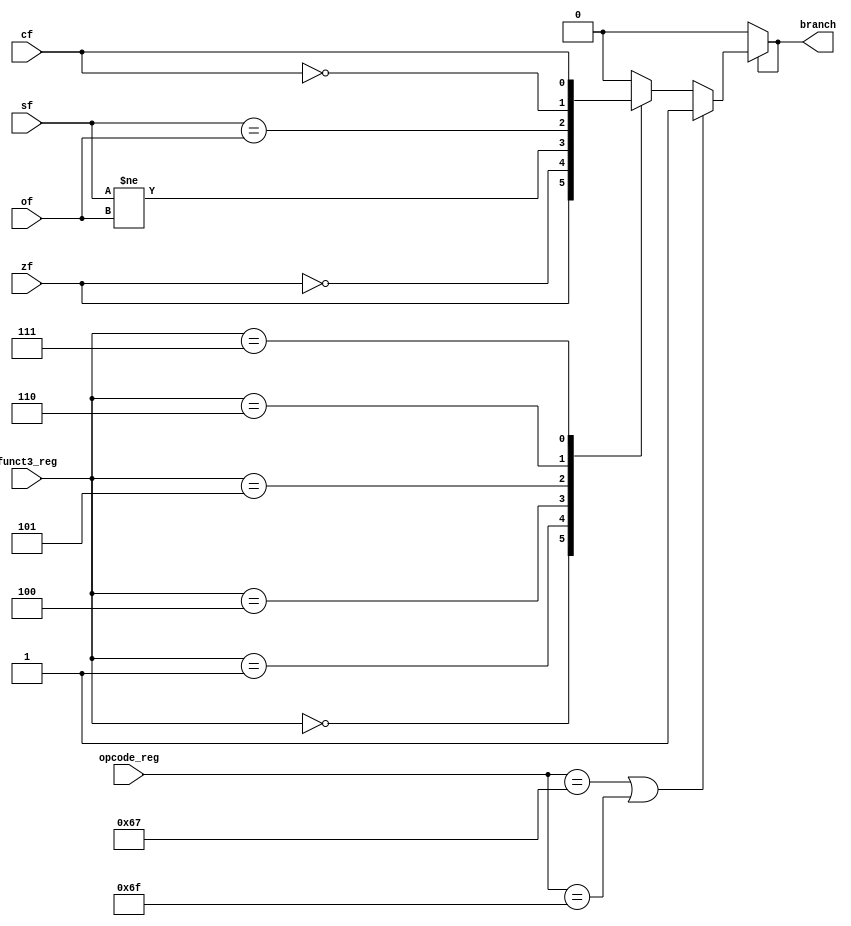
module branch_control(
    input [6:0] opcode_reg, 
    input [2:0] funct3_reg,
    input cf, zf, of, sf,
    output reg branch
    );
    
    always @* begin
         if(branch) begin
            if (opcode_reg==7'b1100111 || opcode_reg== 7'b1101111) begin//jalr,jal
                branch=1;
            end
            else begin
            case (funct3_reg) 
                3'b000: branch = zf;  //beq      
                3'b001: branch = ~zf;      //bne  
                3'b100: branch = (sf!=of);      //blt    
                3'b101: branch = (sf==of);        ///bge
                3'b110:branch = ~cf;         //bltu
                3'b111:branch = cf;   //bgeu
                default: branch = 0;    
            endcase
            end
         end
         else branch=0;
    end
    
endmodule